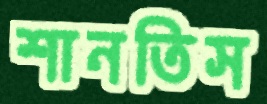
শানতিস